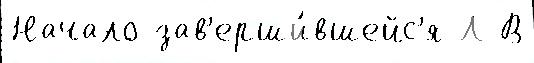
Начало зав'ерши́вшейс'я Л В